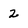
Character: 2